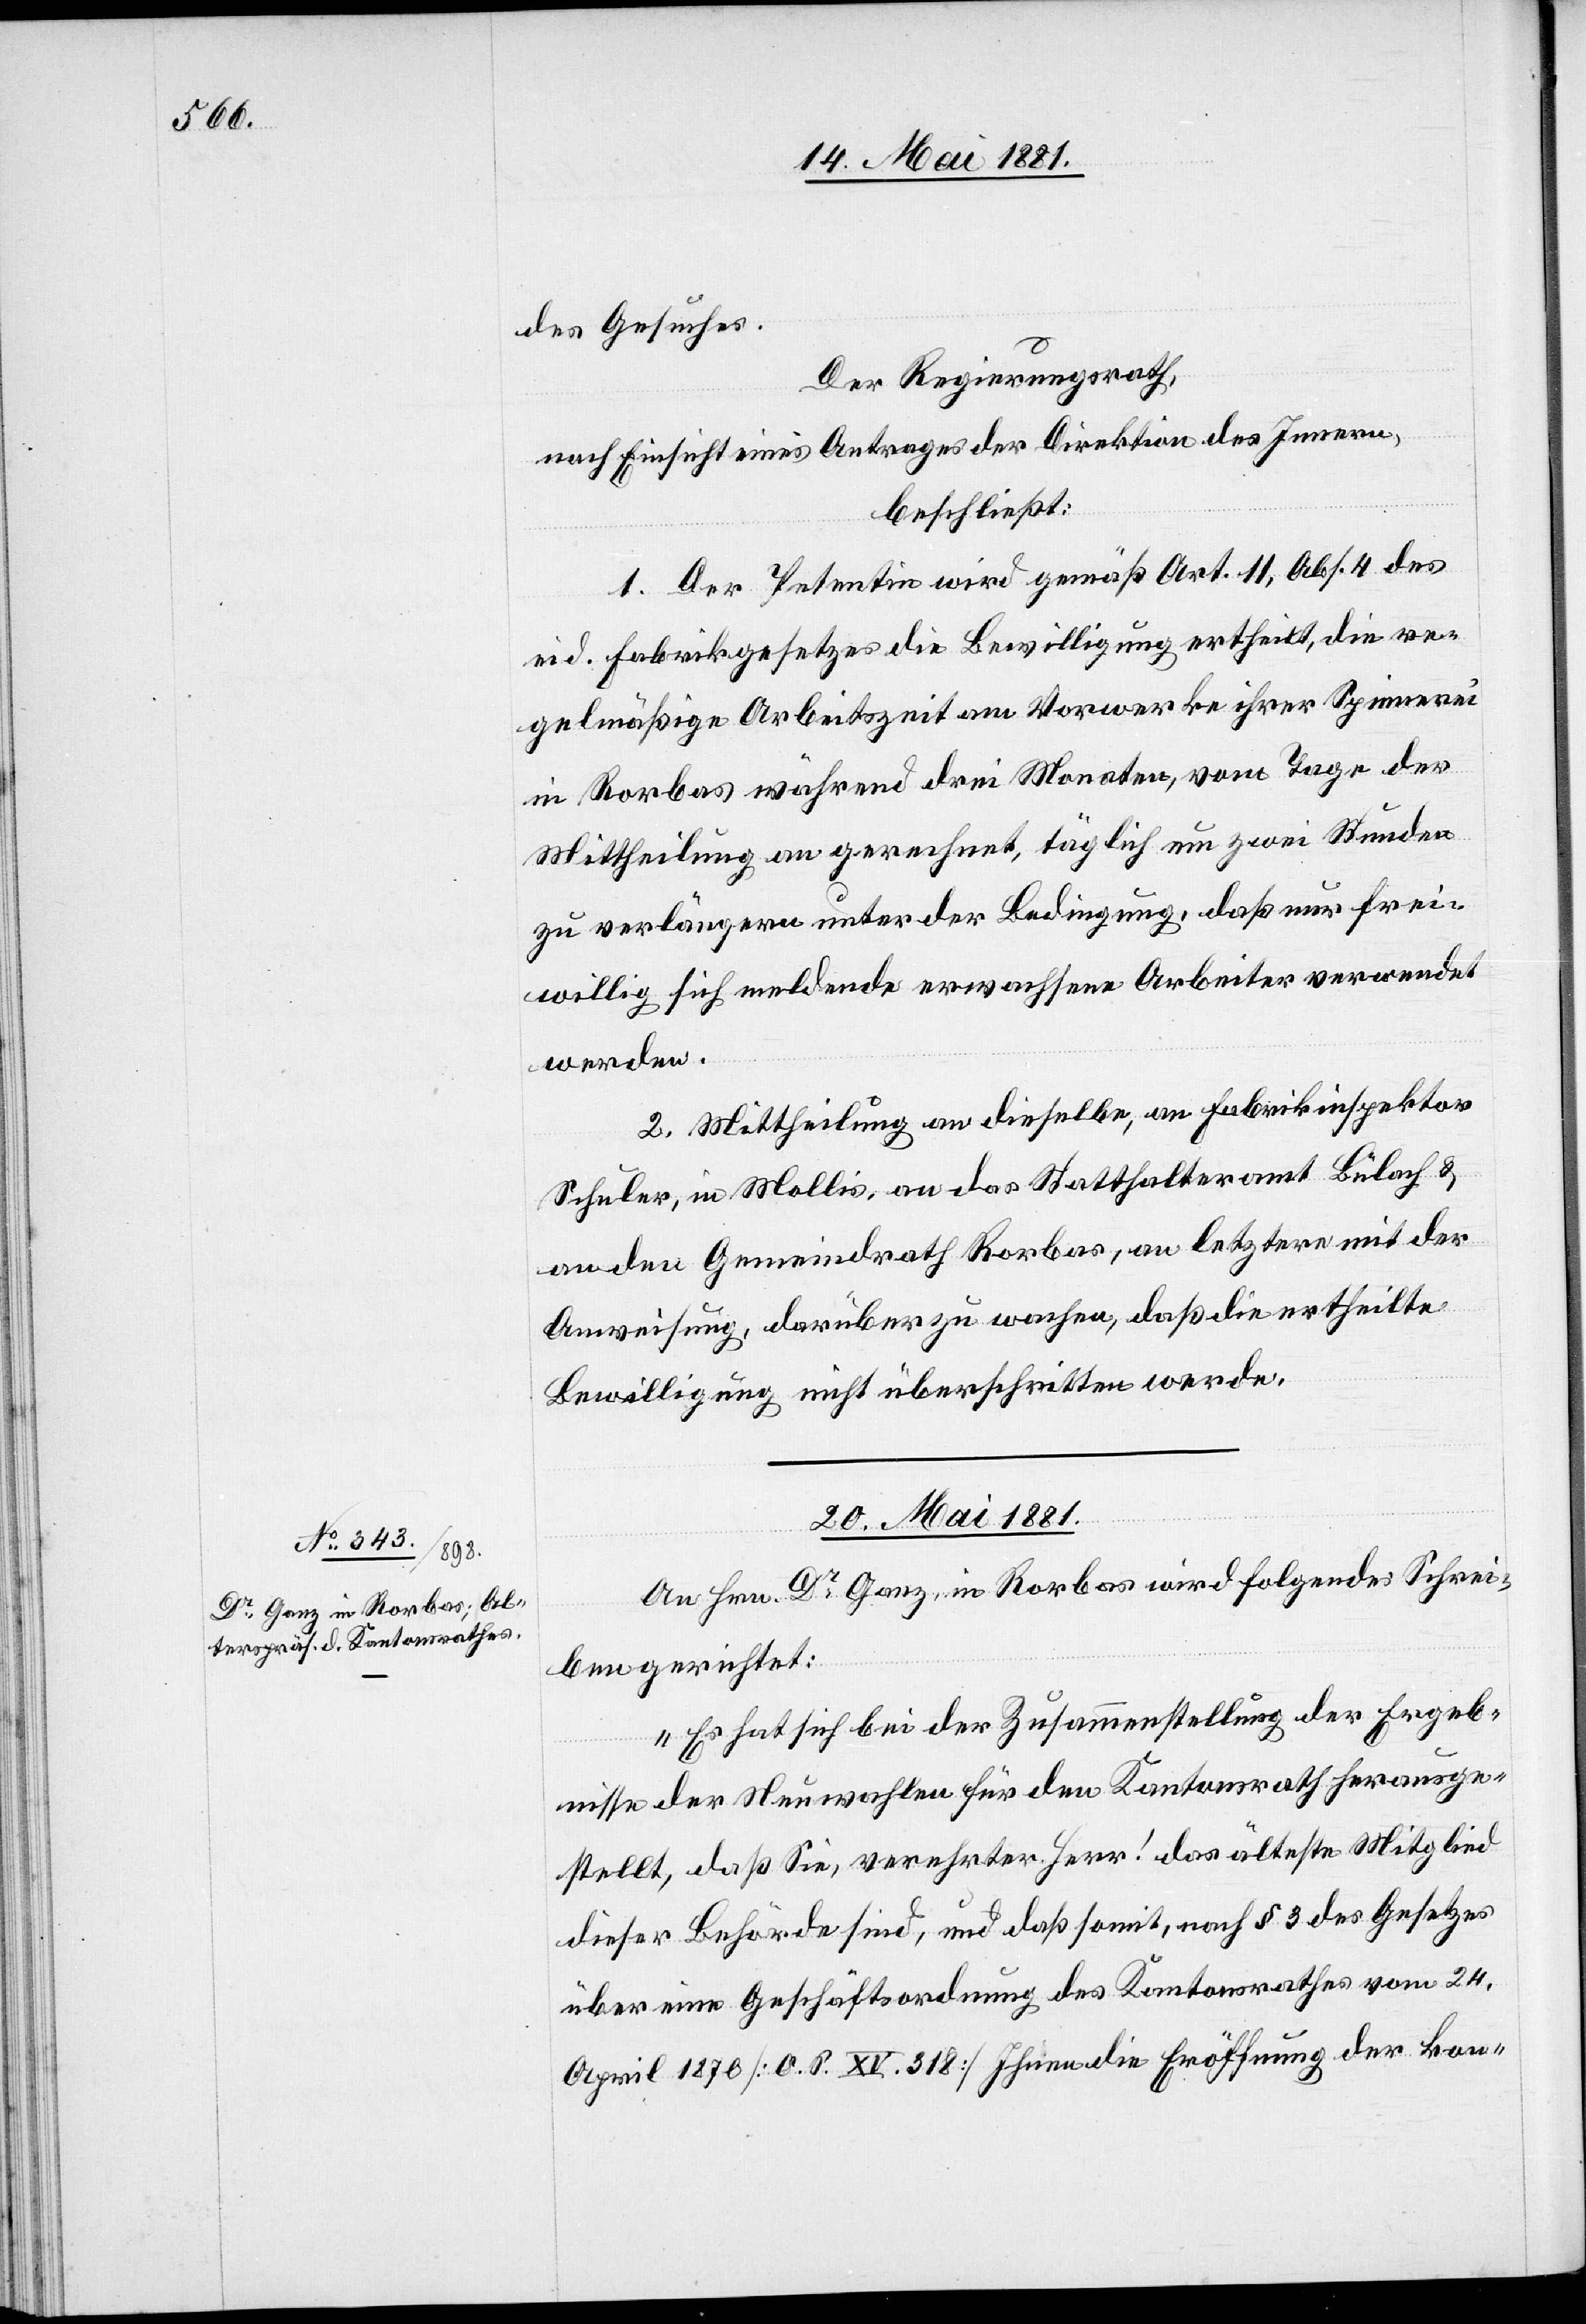
des Gesuches.
Der Regierungsrath,
nach Einsicht eines Antrages der Direktion des Innern,
beschließt:
1. Der Petentin wird gemäß Art. 11, Abs. 4 des
eid. Fabrikgesetzes die Bewilligung ertheilt, die re¬
gelmäßige Arbeitszeit am Vorwerke ihrer Spinnerei
in Rorbas während drei Monaten, vom Tage der
Mittheilung an gerechnet, täglich um zwei Stunden
zu verlängern unter der Bedingung, daß nur frei¬
willig sich meldende erwachsene Arbeiter verwendet
werden.
2. Mittheilung an dieselbe, an Fabrikinspektor
Schuler, in Mollis, an das Statthalteramt Bülach &
an den Gemeindrath Rorbas, an letztere mit der
Anweisung darüber zu wachen, daß die ertheilte
Bewilligung nicht überschritten werde.